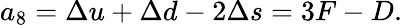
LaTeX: a_{8}=\Delta u+\Delta d-2\Delta s=3F-D.